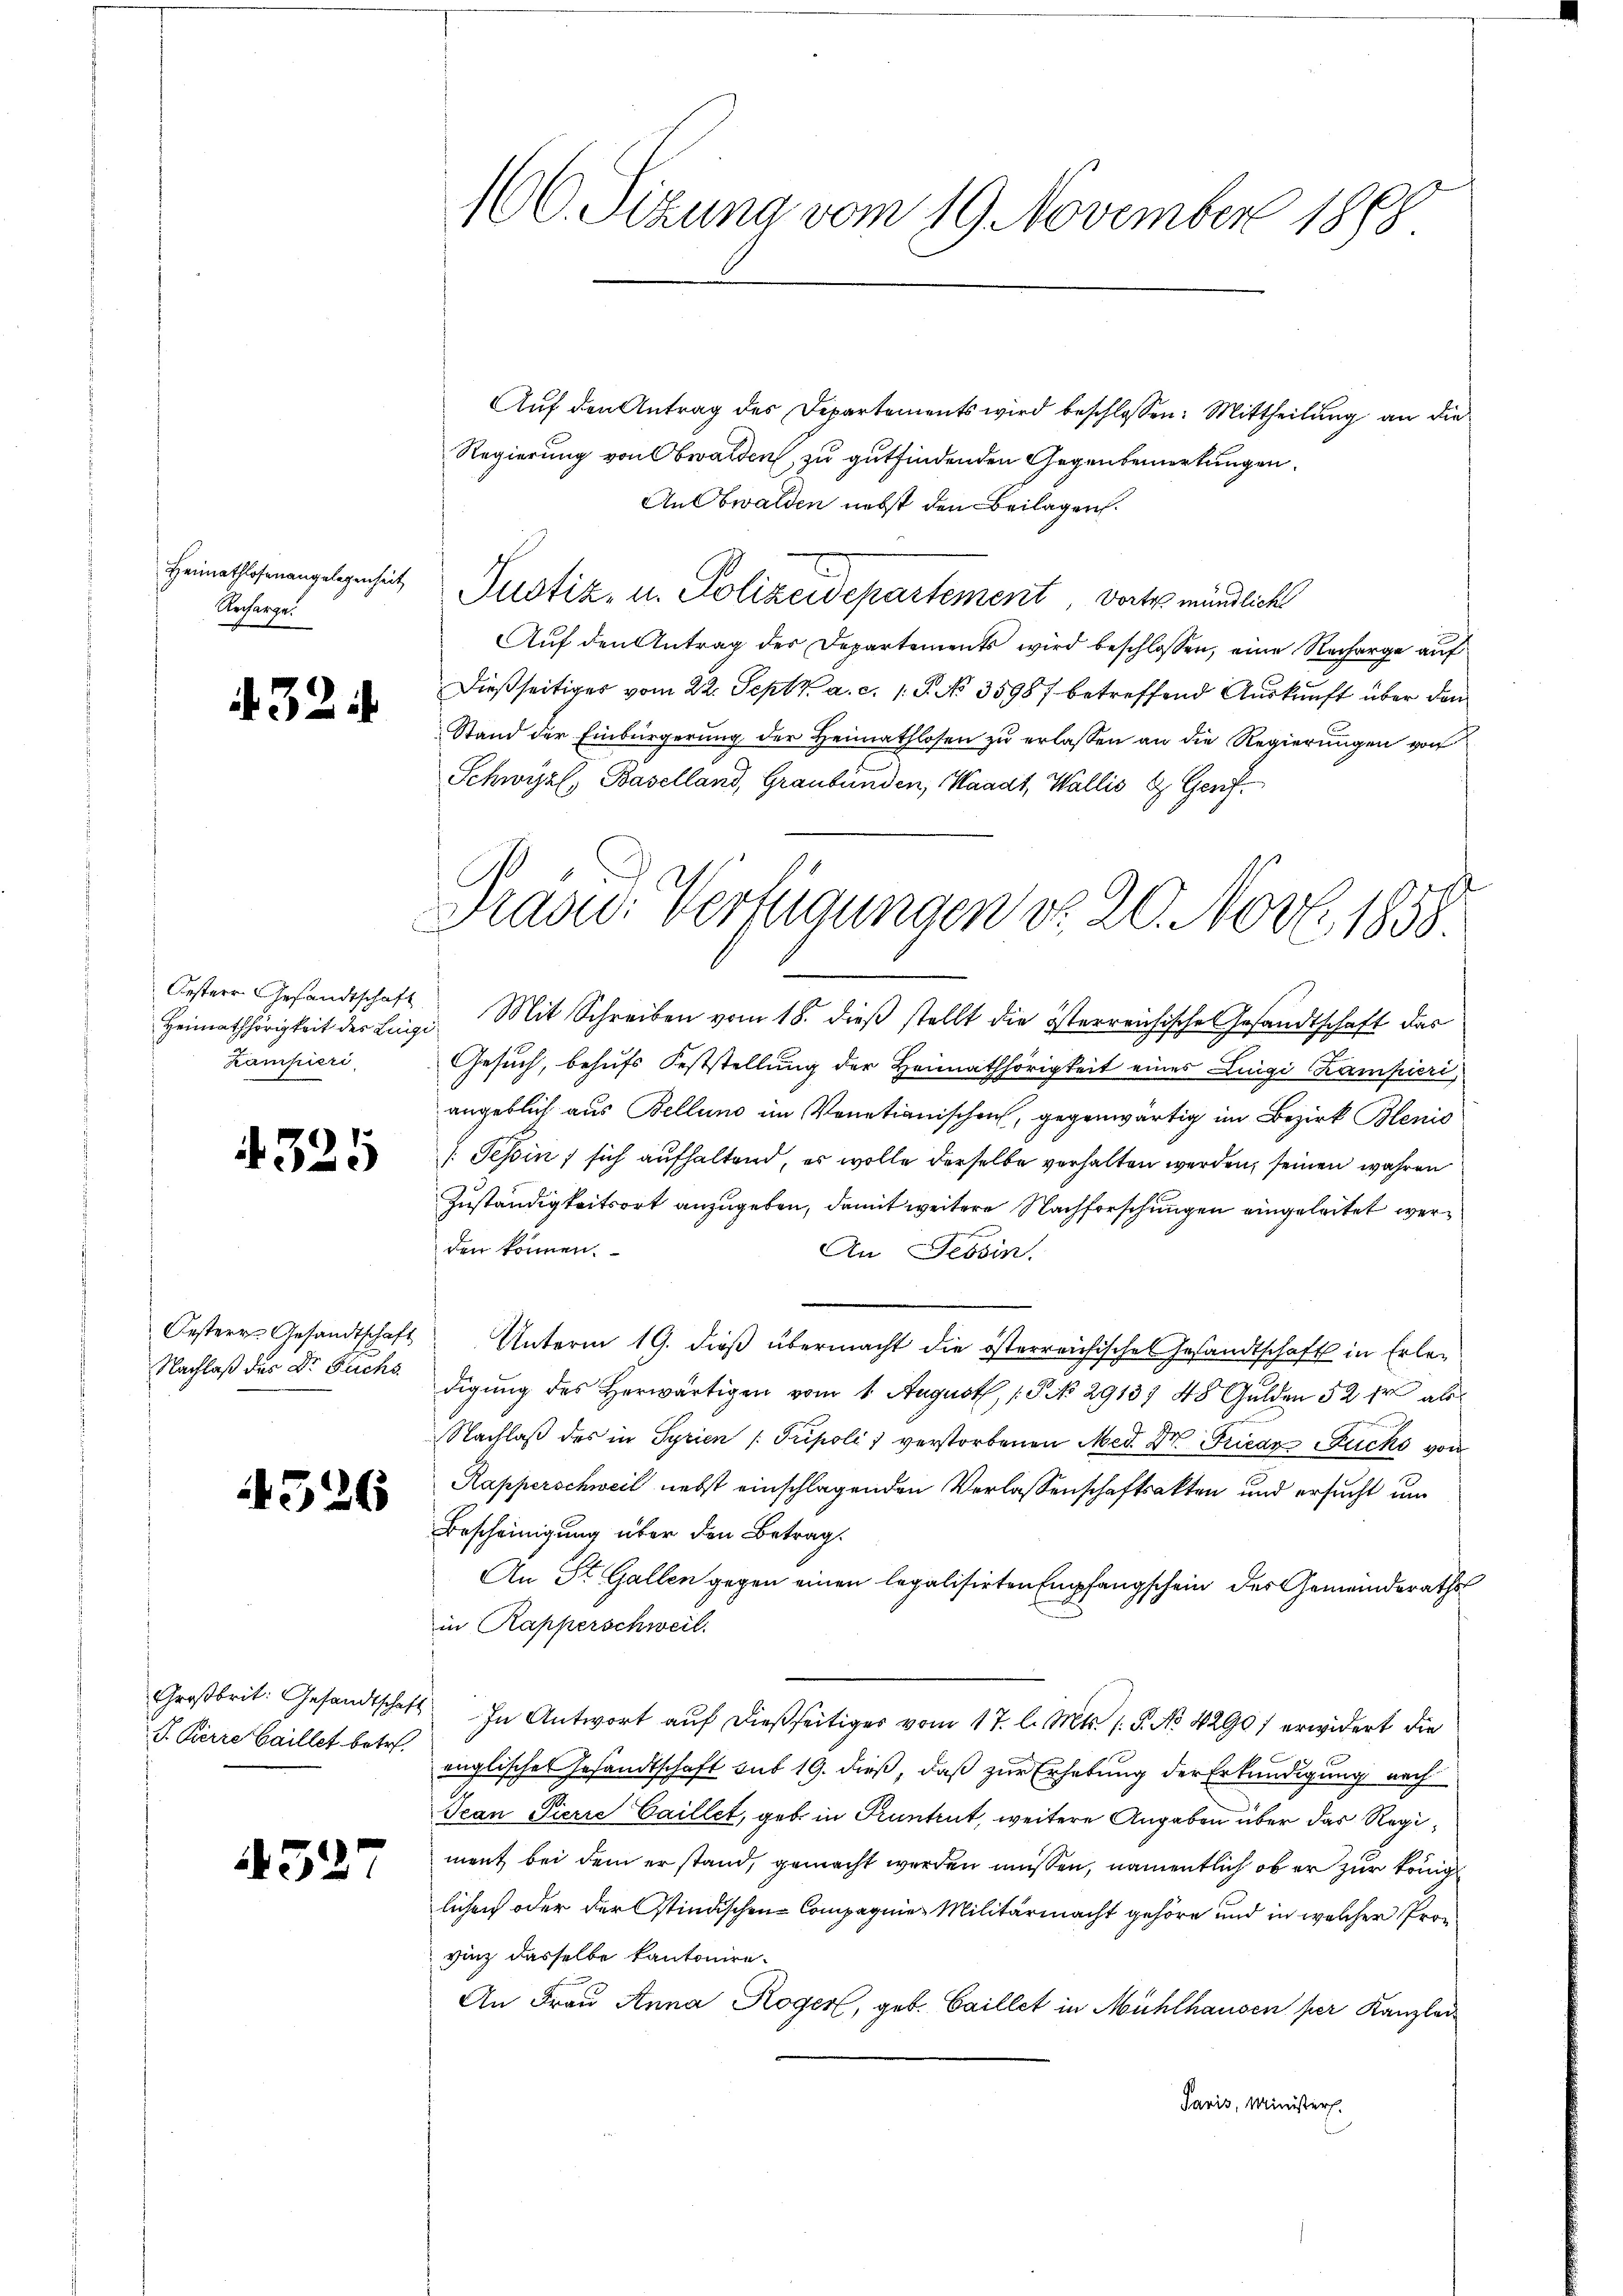
Heimathlosenangelegenheit
Recharge.

324

Oesterr Gesandtschaft
Heimathörigkeit des Luigi
kampieri

4325

Oesterr. Gesandtschaft
Nachlaß des Dr. Fuchs

4526

Großbrit: Gesandtschaft
J. Kerre Gaillet betr.

1527

160. Sizung vom 19. November 1888

Auf den Antrag des Departements wird beschlossen: Mittheilung an die
Regierung von Obwalden, zu gutfindenden Gegenbemerkungen.
An Obwalden nebst den Beilagen.
Justiz- u. Polizeidepartement, worte mündliche
Auf den Antrag der Departements wird beschlossen, eine Recharge auf
Dießseitiges vom 22. Septt. a. c. 1. S. No. 35987 betreffend Auskunft über den
Stand der Einbürgerung der Heimathlosen zu erlassen an die Regierungen von
Schwyz Baselland, Graubünden, Waadt, Wallis & Genf
Mit Schreiben vom 18. dieß stellt die österreichische Gesandtschaft das
Gesuch, behufs Feststellung der Heimathörigkeit eines Luigi Kampieri
angeblich aus Bellung im Venetianischen, gegenwärtig im Bezirk Blenis
[Tessin, sich aufhaltend, es wolle derselbe verhalten werden, seinen wahren
Zuständigkeitsort anzugeben, damit weitere Nachforschungen eingeleitet werden können.
An Tessin.
Unterm 19. dieß übermacht die österreichisches Gesandtschaft in Erledigung des Herwärtigen vom 1. August, 1 S. NNo. 29137 48 Gulden 32 fr. als
Nachlaß des in Syrien (Pupolii verstorbenen Med. Dr. Fricar Fuchs von
Rapperschweil nebst einschlagenden Verlassenschaftsakten und ersucht um
Bescheinigung über den Betrag
An St. Gallen gegen einen legalisirten Empfangschein des Gemeinderaths
in Rapperschweil.
In Antwort auf dießseitiges vom 17. l. Mts. (: P. No 4290) erwidert die
englisches Gesandtschaft sub 19. dieß, daß zur Erhebung der Erkundigung nach
Jean Pierre Caillet, geb. in Pruntrut, weitere Angaben über das Regiment bei dem erstand, gemacht werden müssen, namentlich ob er zur Königl
lichen oder der Stindischen Compagnie Militärmacht gehöre und in welcher Pronvinz dasselbe kantonire.
An Frau Anna Roger, geb. Gaillet in Mühlhausen per Kanzlei
Paris, Ministers.

Frau. Verfügungen d. 20. Novb. 1858